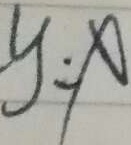
y = x